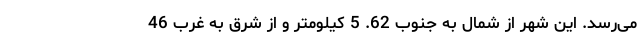
می‌رسد. این شهر از شمال به جنوب 62. 5 کیلومتر و از شرق به غرب 46